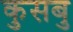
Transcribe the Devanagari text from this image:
कुसबु